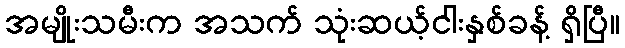
အမျိုးသမီးက အသက် သုံးဆယ့်ငါးနှစ်ခန့် ရှိပြီ။